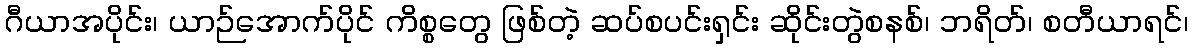
ဂီယာအပိုင်း၊ ယာဉ်အောက်ပိုင် ကိစ္စတွေ ဖြစ်တဲ့ ဆပ်စပင်းရှင်း ဆိုင်းတွဲစနစ်၊ ဘရိတ်၊ စတီယာရင်၊